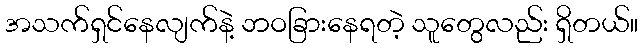
အသက်ရှင်နေလျက်နဲ့ ဘဝခြားနေရတဲ့ သူတွေလည်း ရှိတယ်။